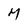
Character: M